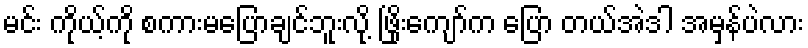
မင်း ကိုယ့်ကို စကားမပြောချင်ဘူးလို့ ဖြိုးကျော်က ပြော တယ်အဲဒါ အမှန်ပဲလား